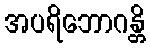
အပရိဘောဂန္တိ